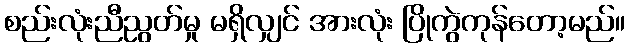
စည်းလုံးညီညွတ်မှု မရှိလျှင် အားလုံး ပြိုကွဲကုန်တော့မည်။